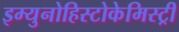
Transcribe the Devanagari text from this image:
इम्युनोहिस्टोकेमिस्ट्री